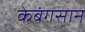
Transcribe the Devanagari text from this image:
केबंगसान